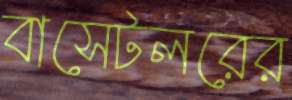
বাসেটলরের